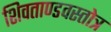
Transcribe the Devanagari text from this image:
शिवताण्डवस्तोत्र